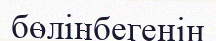
бөлінбегенін